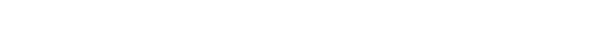
တချို့ဆိုရင် နာမည်ကြီးတွေထက် အများကြီး ပိုကောင်းနေတာ အံ့ဩစရာ သွားတွေ့ရတယ်။